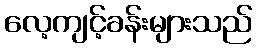
လေ့ကျင့်ခန်းများသည်